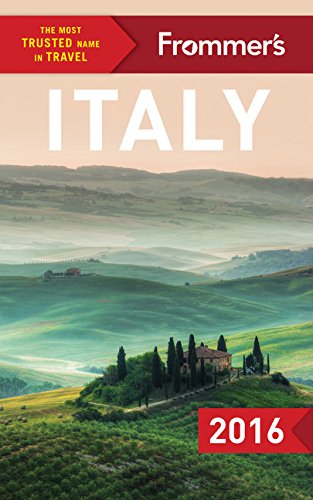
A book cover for Frommer's Italy 2016 (Color Complete Guide); Eleonora Baldwin; Travel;